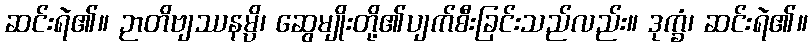
ဆင်းရဲ၏။ ဉာတိဗျဿနမ္ပိ၊ ဆွေမျိုးတို့၏ပျက်စီးခြင်းသည်လည်း။ ဒုက္ခံ၊ ဆင်းရဲ၏။